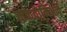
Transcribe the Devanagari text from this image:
मकेदोनिअन